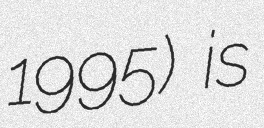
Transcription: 1995) is